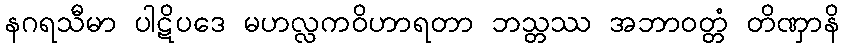
နဂရသီမာ ပါဋိပဒေ မဟလ္လကဝိဟာရတာ ဘသ္တဿ အဘာဝတ္တံ တိဏှာနိ